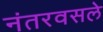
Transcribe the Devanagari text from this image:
नंतरवसले